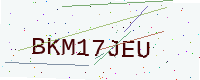
Text: BKM17JEU